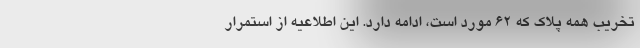
تخریب همه پلاک که ۶۲ مورد است، ادامه دارد. این اطلاعیه از استمرار